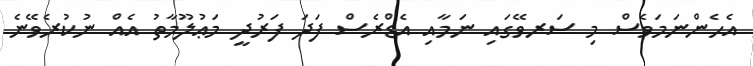
އެހެންނަމަވެސް މި ސަރވޭގައި ނަމާއި އެޑްރެސް ފަދަ ފަރުދީ މަޢުލޫމާތު އެއް ނުކުރެވޭނެ